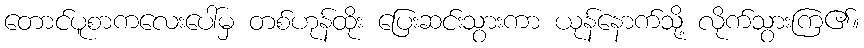
တောင်ပူစာကလေးပေါ်မှ တစ်ဟုန်ထိုး ပြေးဆင်းသွားကာ ယုန်နောက်သို့ လိုက်သွားကြ၏။